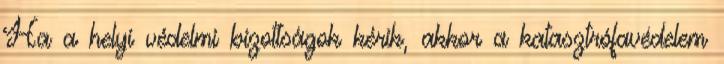
Ha a helyi védelmi bizottságok kérik, akkor a katasztrófavédelem